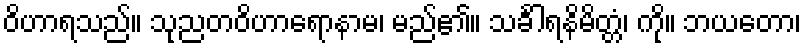
ဝိဟာရသည်။ သုညတဝိဟာရောနာမ၊ မည်၏။ သင်္ခါရနိမိတ္တံ၊ ကို။ ဘယတော၊